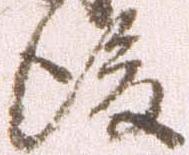
後